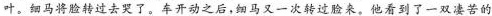
叶。细马将脸转过去哭了。车开动之后，细马又一次转过脸来。他看到了一双凄苦的